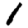
Digit: 1